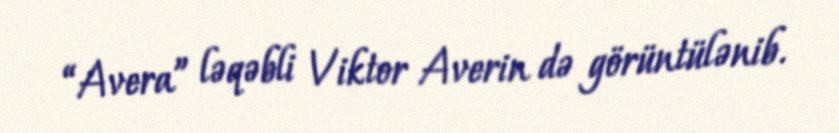
“Avera” ləqəbli Viktor Averin də görüntülənib.